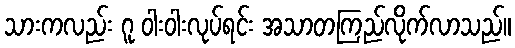
သားကလည်း ဂူ ဝါးဝါးလုပ်ရင်း အသာတကြည်လိုက်လာသည်။